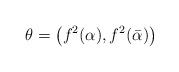
LaTeX: \begin{align*} \theta = \big( f^2(\alpha), f^2(\bar{\alpha}) \big)\end{align*}